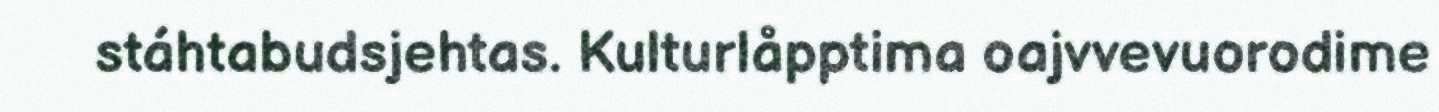
stáhtabudsjehtas. Kulturlåpptima oajvvevuorodime